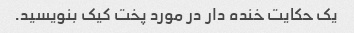
یک حکایت خنده دار در مورد پخت کیک بنویسید.